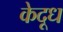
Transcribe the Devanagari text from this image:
केदूध